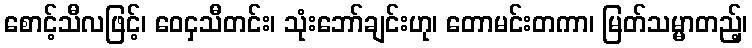
စောင့်သီလဖြင့်၊ ဝေငှသီတင်း၊ သုံးဘော်ချင်းဟု၊ တောမင်းတကာ၊ မြတ်သမ္မာတည့်၊